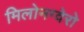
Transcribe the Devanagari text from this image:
मिलोनग्वेरो